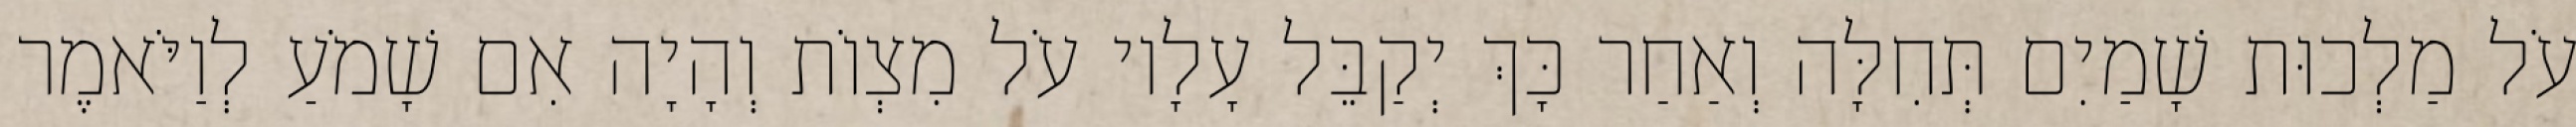
עֹל מַלְכוּת שָׁמַיִם תְּחִלָּה וְאַחַר כָּךְ יְקַבֵּל עָלָיו עֹל מִצְוֹת וְהָיָה אִם שָׁמֹעַ לְוַיֹּאמֶר